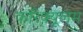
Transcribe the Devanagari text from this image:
करिक्यूलम